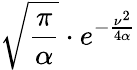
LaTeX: {\sqrt{\frac{\pi}{\alpha}}}\cdot e^{-{\frac{\nu^{2}}{4\alpha}}}